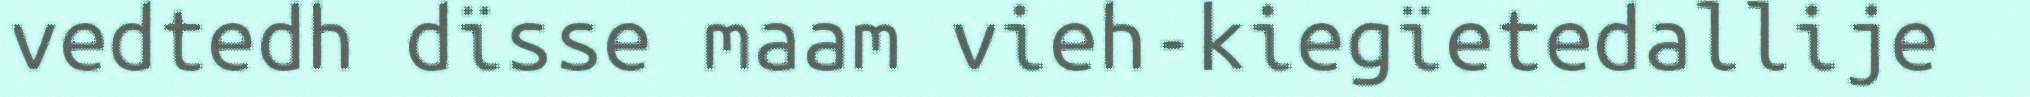
vedtedh dïsse maam vieh-kiegïetedallije